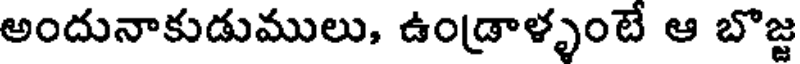
అందునాకుడుములు, ఉండ్రాళ్ళంటే ఆ బొజ్జ